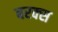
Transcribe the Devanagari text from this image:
बरक्‍स